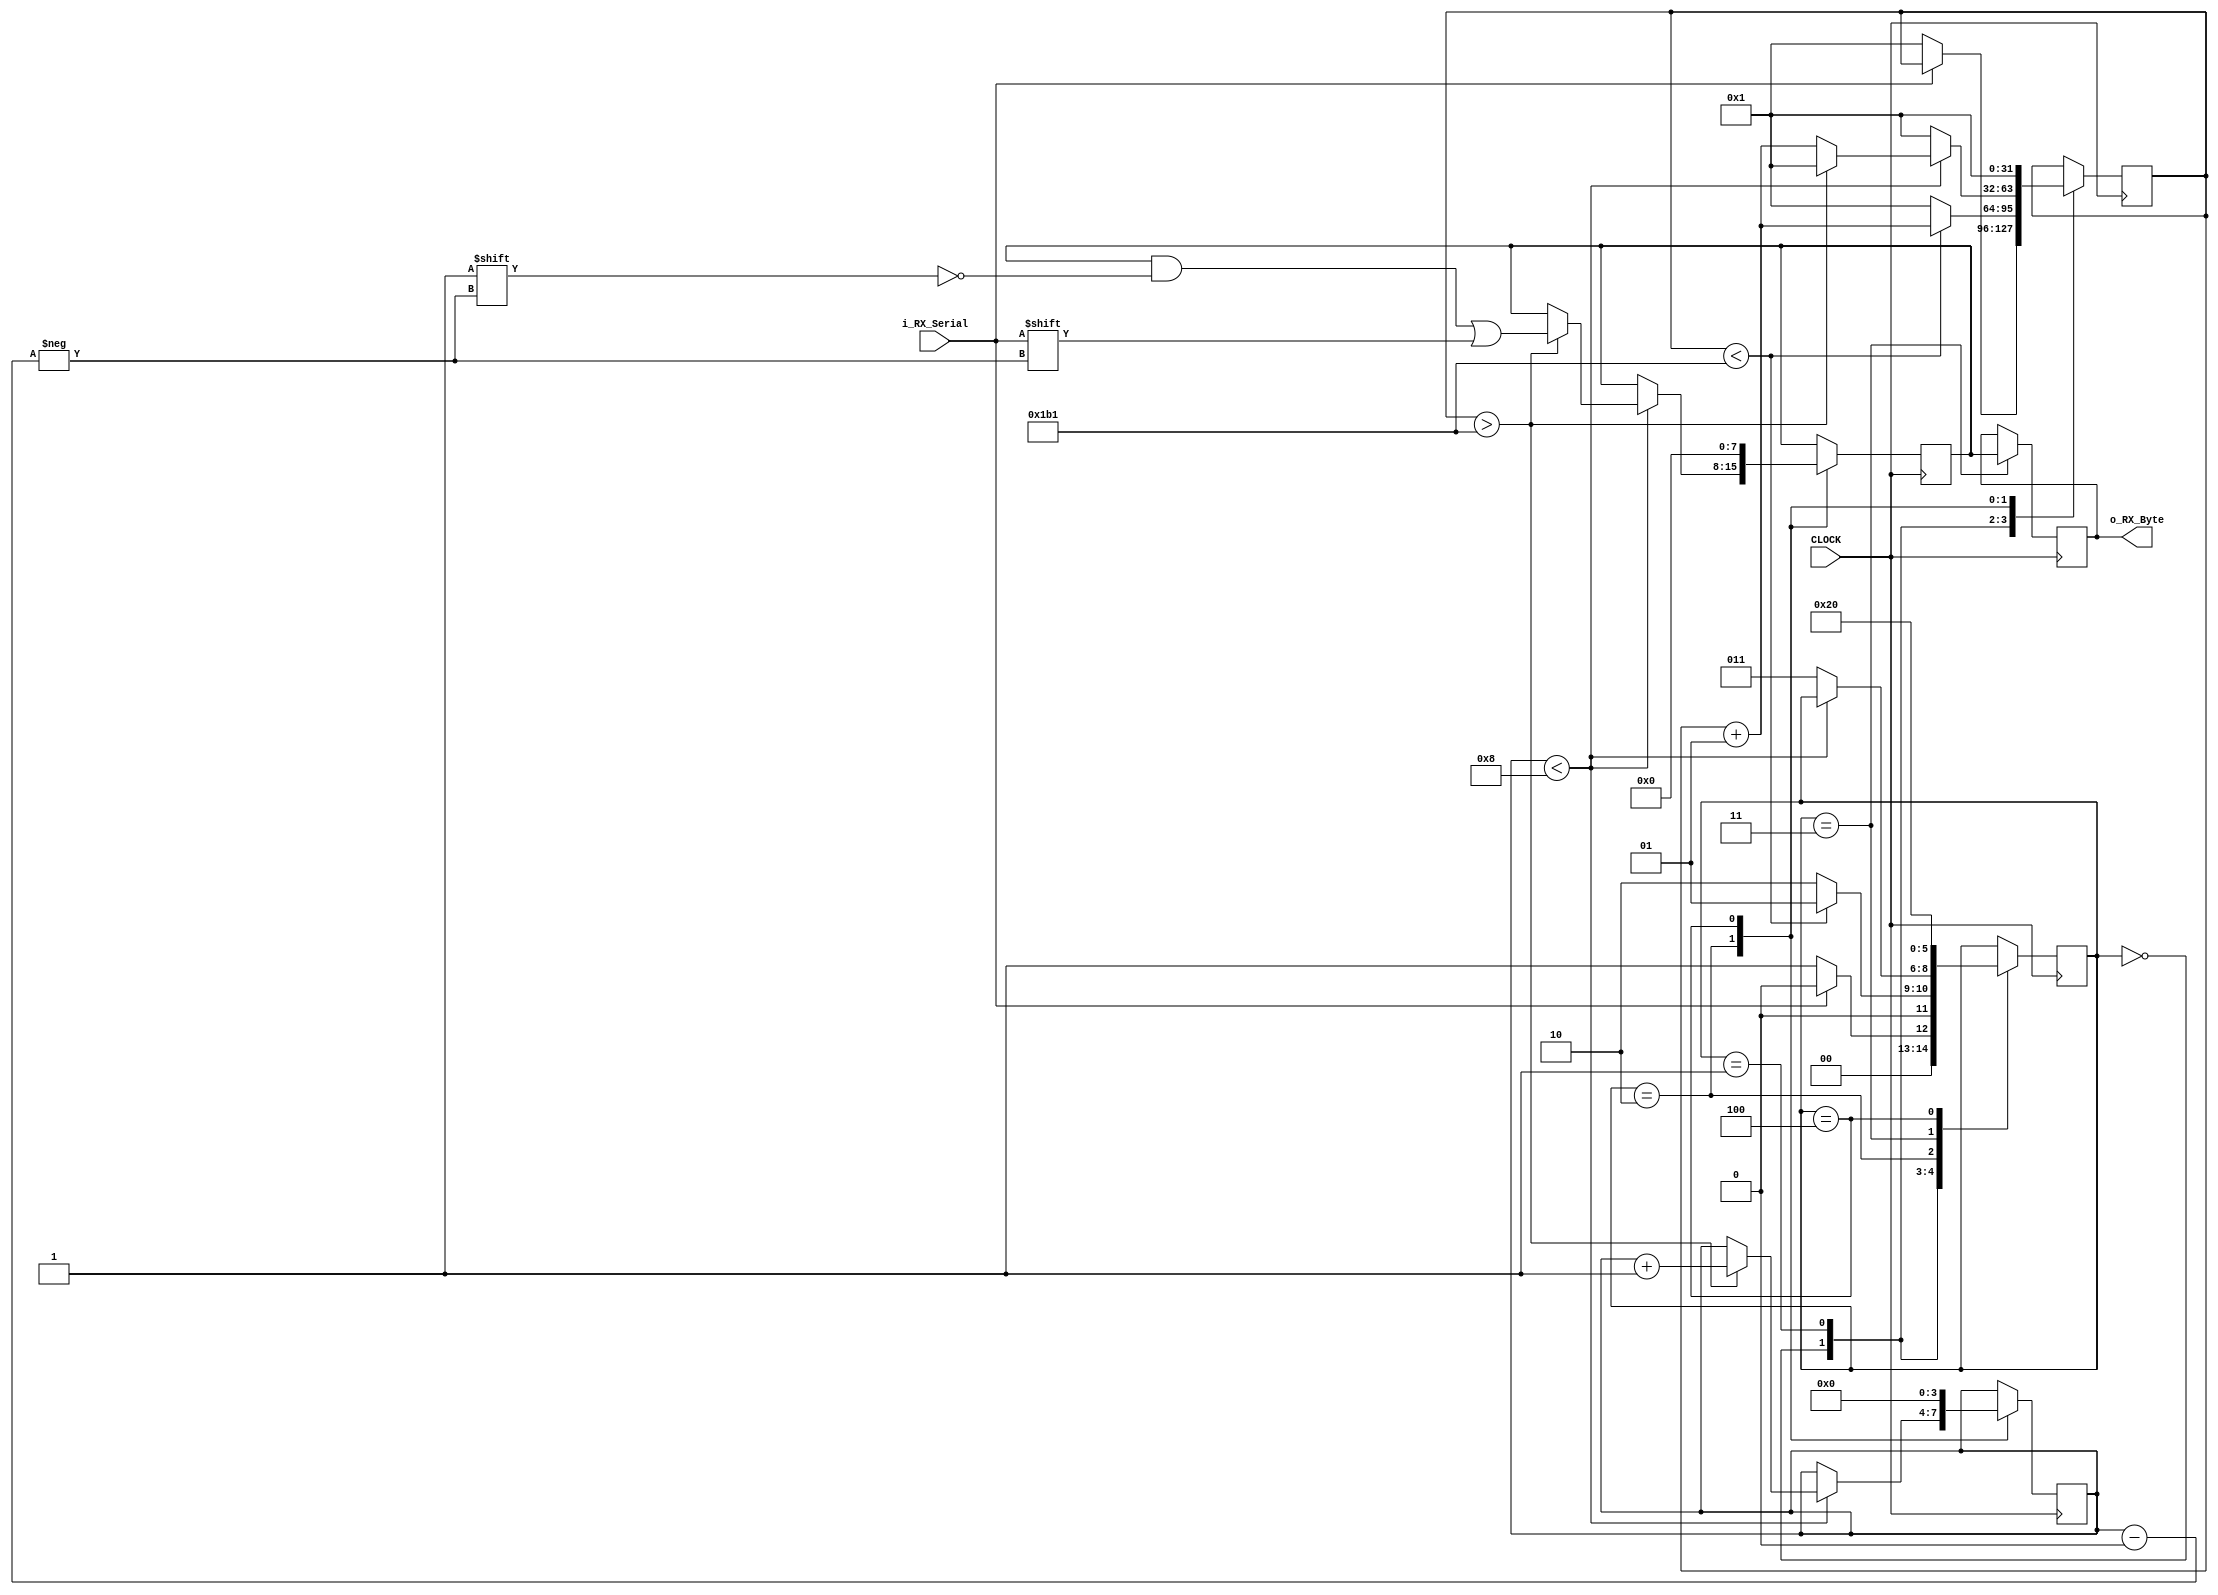

module sm_0535_UART_Receiver
	 // clocks per bit = freq. of clock / freq. of UART i.e., 25000000/115200 = 217
	(
		input 		 CLOCK,
		input 		 i_RX_Serial,
		output [7:0] o_RX_Byte
	);
	
	parameter 	IDLE			  = 3'b000,
					RX_START_BIT  = 3'b001,
					RX_DATA_BITS  = 3'b010,
					RX_STOP_BIT	  = 3'b011,
					CLEANUP		  = 3'b100;
					
	
	integer r_Clock_Count = 1;
	reg [3:0]	r_Bit_Index	  = 0; 
	reg [7:0]	r_RX_Byte = 0;     
	reg [7:0]	temp_r_RX_Byte = 0;
	reg [2:0]	current_state = 0;
	integer CLOCKS_PER_BIT = 434;
	reg [2:0]   r_current_state = 0;
	
	assign o_RX_Byte = r_RX_Byte;
	assign o_current_state = current_state;
	
	always@(posedge CLOCK)
	begin
	
		case(current_state)
			IDLE :
				begin
					
					if (!i_RX_Serial )
					begin
						current_state <= RX_START_BIT;
						r_current_state <= 1;
						r_Clock_Count <= 1;	
					end
					else
					begin
						current_state <= IDLE;
						
					end
				end 
		
      RX_START_BIT :
			begin
				
				if (r_Clock_Count < (CLOCKS_PER_BIT - 1))
				begin
					  r_Clock_Count <= r_Clock_Count + 1;
					  current_state <= RX_START_BIT;
			   end
			   else
				begin
				  
					r_Clock_Count <= 1;	      
					current_state <= RX_DATA_BITS;
				end				
			end
			

      RX_DATA_BITS :
		begin	
			
			if(r_Bit_Index < 8)
			begin
				if(r_Clock_Count > CLOCKS_PER_BIT - 1)
				begin
					temp_r_RX_Byte[r_Bit_Index]  <= i_RX_Serial;	
					r_Clock_Count = 1;
					r_Bit_Index <= r_Bit_Index + 1;
				end
				
				else
				begin
					r_Clock_Count <= r_Clock_Count + 1;
				end				
			end
			
			else
			begin
				r_Clock_Count = 1;
				current_state <= RX_STOP_BIT;
				
			end				
		end
			
		
		RX_STOP_BIT  :
			begin
				current_state   <= CLEANUP;
				r_RX_Byte <= temp_r_RX_Byte;
			end
			
		
		CLEANUP :
			begin
			   temp_r_RX_Byte <= 0 ;
				r_Clock_Count   <= 1;
				r_Bit_Index <= 0;
				current_state  <= IDLE;
					
			end
	endcase
	end
endmodule